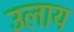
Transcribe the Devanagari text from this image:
उलाय